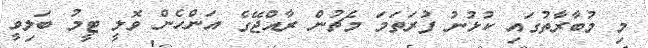
މި މުބާރާތުގައި ކުޅުނު ފުރަތަމަ މެޗުން ރާއްޖޭގެ އަންހެން ވޮލީ ޓީމު ބަލިވީ